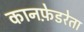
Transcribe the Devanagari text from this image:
कानफ़ेडरेता